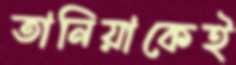
তানিয়াকেই